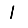
Digit: 1